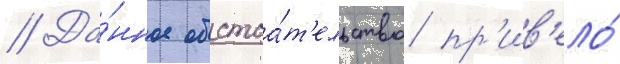
// Да́нное обстоа́т'ельство пр'ив'ело́